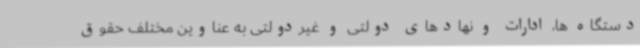
دستگاه ها، ادارات و نهادهای دولتی و غیردولتی به عناوین مختلف حقوق